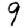
Digit: 9